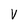
Character: v